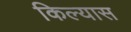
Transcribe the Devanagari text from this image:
किल्यास